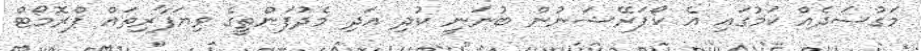
މަގުސަދެއް ކަމުގައި އެ ކޯޕަރޭޝަނުން ބުނަނީ ކުދި އަދި މެދުފަންތީގެ ވިޔަފާރިތައް ޕްރޮމޯޓް